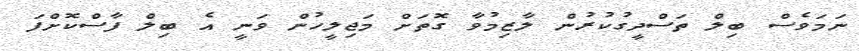
ނަމަވެސް ބިލް ތަސްދީގުކުރުން ލާޒިމުވާ ގޮތަށް މަޖިލީހުން ވަނީ އެ ބިލް ފާސްކޮށްފަ